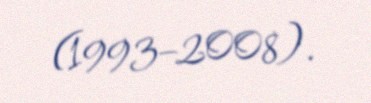
(1993–2008).